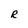
Character: R